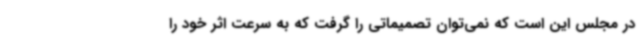
در مجلس این است که نمی‌توان تصمیماتی را گرفت که به سرعت اثر خود را